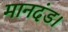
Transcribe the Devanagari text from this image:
मानदंड।